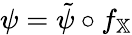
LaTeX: \psi=\tilde{\psi}\circ f_{\mathbb{X}}